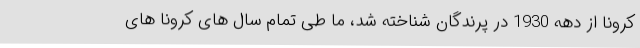
کرونا از دهه 1930 در پرندگان شناخته شد، ما طی تمام سال های کرونا های